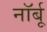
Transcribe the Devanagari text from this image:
नॉर्बू